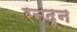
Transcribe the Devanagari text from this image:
रनदून